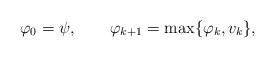
LaTeX: \begin{align*} \varphi_0=\psi,\qquad\varphi_{k+1}=\max\{\varphi_k,v_k\},\end{align*}